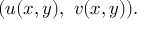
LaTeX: ( u ( x , y ) , \ v ( x , y ) ) .